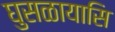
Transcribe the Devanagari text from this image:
घुसळायासि